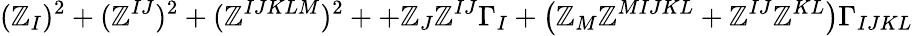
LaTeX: (\mathbb{Z}_{I})^{2}+(\mathbb{Z}^{IJ})^{2}+(\mathbb{Z}^{IJKLM})^{2}++\mathbb{Z}_{J}\mathbb{Z}^{IJ}\Gamma_{I}+\left(\mathbb{Z}_{M}\mathbb{Z}^{MIJKL}+\mathbb{Z}^{IJ}\mathbb{Z}^{KL}\right)\Gamma_{IJKL}